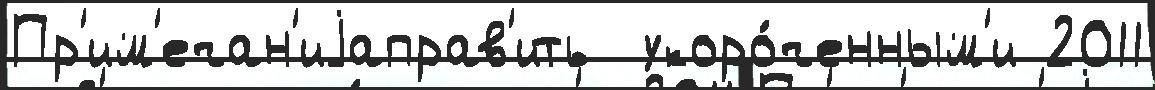
Пр'им'ечан'иjаправ'ить  укоро́ченным'и 2011